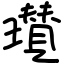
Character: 瓉